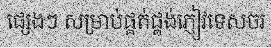
ផ្សេងៗ សម្រាប់ផ្គត់ផ្គង់ភ្ញៀវទេសចរ